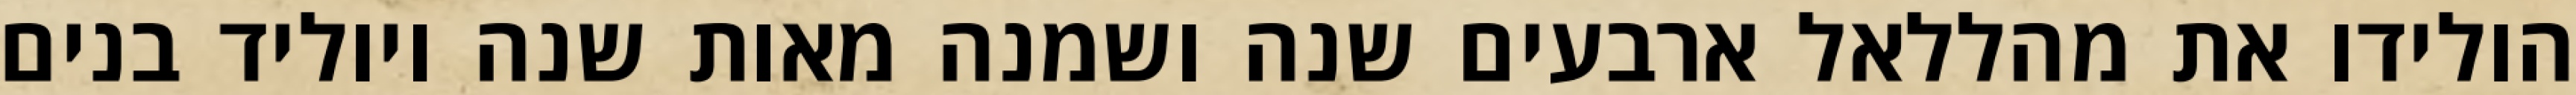
הולידו את מהללאל ארבעים שנה ושמנה מאות שנה ויוליד בנים